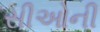
સીઓની